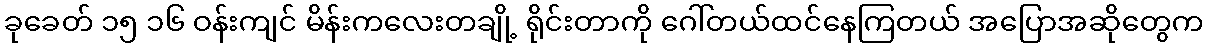
ခုခေတ် ၁၅ ၁၆ ဝန်းကျင် မိန်းကလေးတချို့ ရိုင်းတာကို ဂေါ်တယ်ထင်နေကြတယ် အပြောအဆိုတွေက